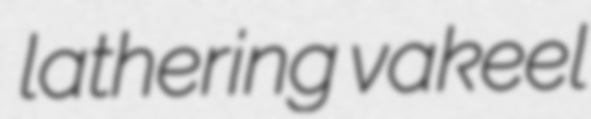
lathering vakeel